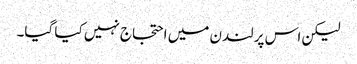
لیکن اس پر لندن میں احتجاج نہیں کیا گیا۔